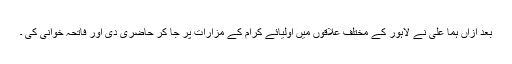
بعد ازاں ہما علی نے لاہور کے مختلف علاقوں میں اولیائے کرام کے مزارات پر جا کر حاضری دی اور فاتحہ خوانی کی ۔